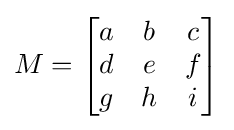
M={\begin{bmatrix}a&b&c\\d&e&f\\g&h&i\end{bmatrix}}